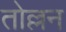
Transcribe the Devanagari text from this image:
तोल्लन